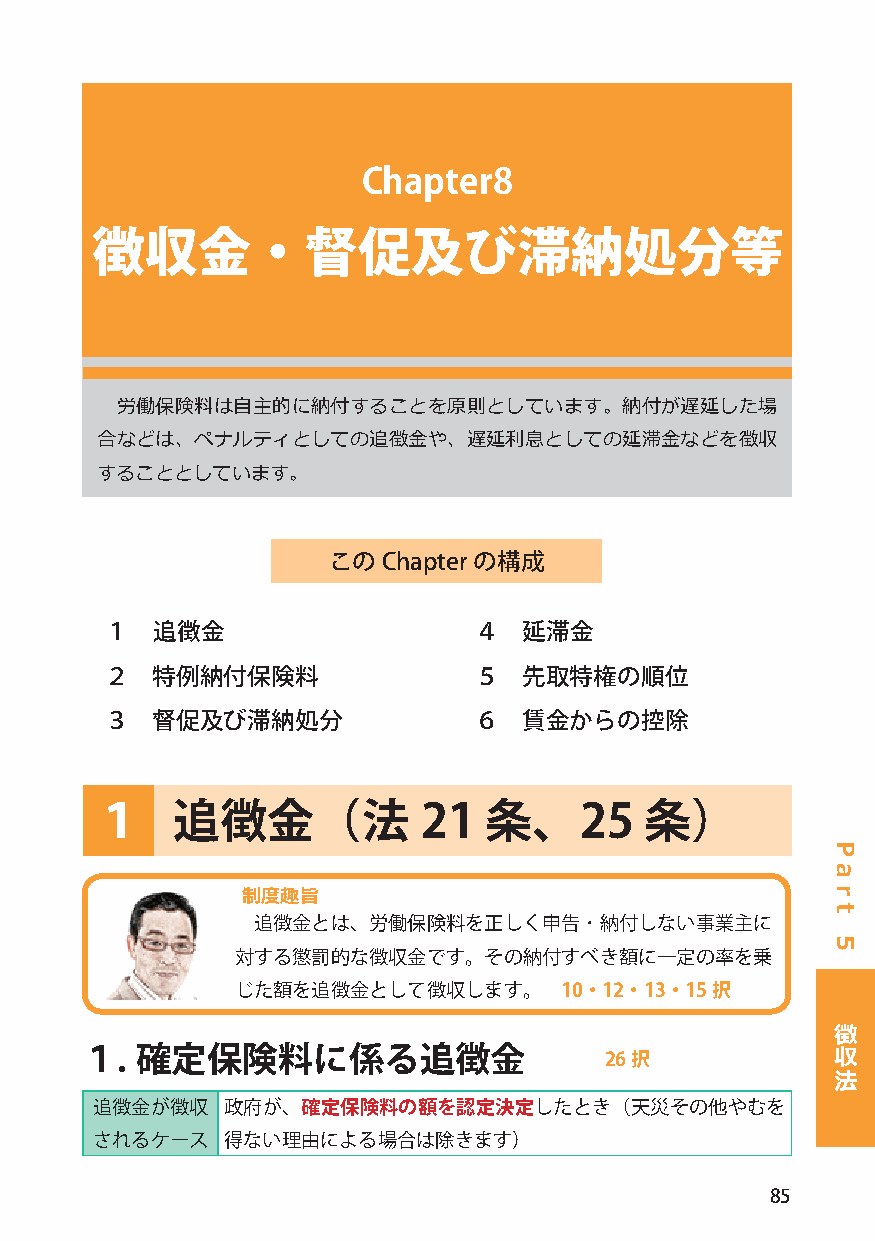
Chapter8
 徴収金・督促及び滞納処分等
 労働保険料は自主的に納付することを原則としています。納付が遅延した場
 合などは、ペナルティとしての追徴金や、遅延利息としての延滞金などを徴収
 することとしています。
 このChapter の構成
 １  追徴金                  ４   延滞金
 ２  特例納付保険料              ５   先取特権の順位
 ３  督促及び滞納処分             ６   賃金からの控除
 １    追徴金（法            21  条、25       条）
 制度趣旨
 追徴金とは、労働保険料を正しく申告･納付しない事業主に
 対する懲罰的な徴収金です。その納付すべき額に一定の率を乗
 じた額を追徴金として徴収します。     10・12・13・15択
 徴
 収
 １.  確定保険料に係る追徴金                    26択
 法
 追徴金が徴収   政府が、確定保険料の額を認定決定したとき（天災その他やむを
 されるケース   得ない理由による場合は除きます）
 85
 P
 a
 r
 t
 5